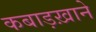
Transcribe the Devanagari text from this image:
कबाड़ख़ाने